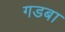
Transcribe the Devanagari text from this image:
गडबा